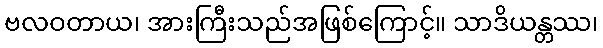
ဗလဝတာယ၊ အားကြီးသည်အဖြစ်ကြောင့်။ သာဒိယန္တဿ၊